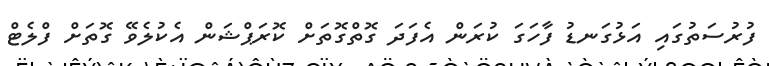
ފުރުސަތުގައި އަޅުގަނޑު ފާހަގަ ކުރަން އެފަދަ ގޮތްގޮތަށް ކޮރަޕްޝަން އެކުލެވޭ ގޮތަށް ފްލެޓް